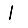
Digit: 1